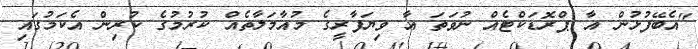
"އެބޭފުޅުން އާ ޕްރޮޑަކްޓެއް ނުވަތަ އާ ވިޔަފާރީގެ މުއާމަލާތެއް ކުރުމުގެ ކުރިން އެކަމުގައި